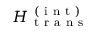
H _ { \mathrm { ~ t ~ r ~ a ~ n ~ s ~ } } ^ { \mathrm { ~ ( ~ i ~ n ~ t ~ ) ~ } }